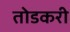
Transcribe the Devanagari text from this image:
तोडकरी